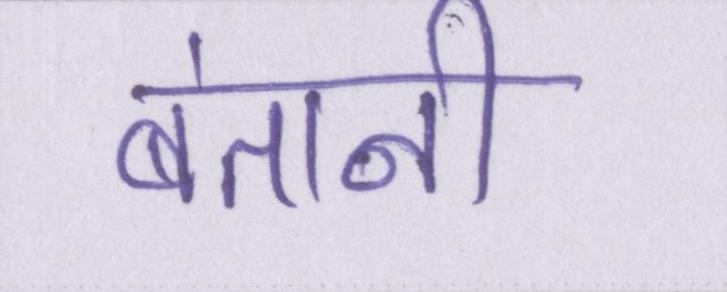
बंतानी